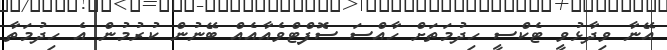
އޭނާ ވިދާޅުވީ ޓެކްސީ ހިދުމަތަށް ހާއްސަ ސޮފްޓްވެއާއެއް ބޭނުން ކުރުމުން އެ ހިދުމަތާ